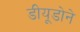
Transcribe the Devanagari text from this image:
डीयूडोने